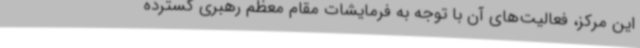
این مرکز، فعالیت‌های آن با توجه به فرمایشات مقام معظم رهبری گسترده